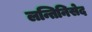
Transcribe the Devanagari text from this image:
लन्तिनिसेद